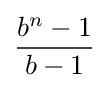
{\frac {b^{n}-1}{b-1}}